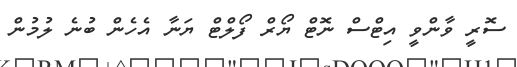
ސޮރީ ވާންވީ އިޓްސް ނޮޓް ޔޯރް ފޯލްޓް ޔަނާ އެހެން ބުނެ ލުމުން